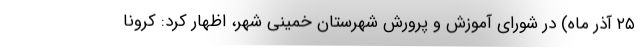
۲۵ آذر ماه) در شورای آموزش و پرورش شهرستان خمینی شهر، اظهار کرد: کرونا